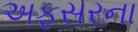
અફસરના